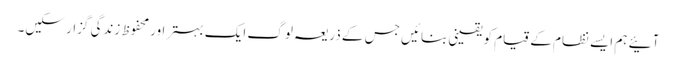
آئیے ہم ایسے نظام کے قیام کو یقینی بنائیں جس کے ذریعہ لوگ ایک بہتر اور محفوظ زندگی گزار سکیں۔